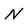
Character: N